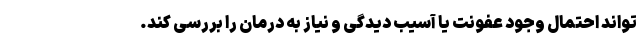
تواند احتمال وجود عفونت یا آسیب دیدگی و نیاز به درمان را بررسی کند.